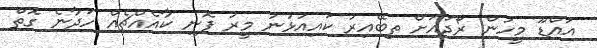
އައްޑޫ މީހުން ރޯދައަށް ތިބޭއިރު ކައިއުޅުނު މީރު ފޮނި ކާއެއްޗެއް ހަދާނެ ގޮތް